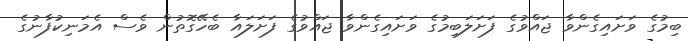
ބިމުގެ ވަށައިގެންވާ ޖައްވުގެ ފަށަލަބިމުގެ ވަށައިގެންވާ ޖައްވުގެ ފަށަލައާ ބެހޭގޮތުން ވެސް އެމަނިކުފާނުގެ